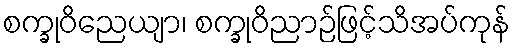
စက္ခုဝိညေယျာ၊ စက္ခုဝိညာဉ်ဖြင့်သိအပ်ကုန်